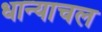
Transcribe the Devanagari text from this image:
धान्याचल